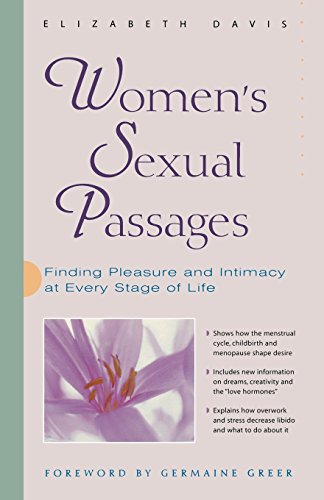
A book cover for Women's Sexual Passages: Finding Pleasure and Intimacy at Every Stage of Life; Elizabeth Davis; Health, Fitness & Dieting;